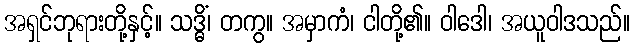
အရှင်ဘုရားတို့နှင့်။ သဒ္ဓိံ၊ တကွ။ အမှာကံ၊ ငါတို့၏။ ဝါဒေါ၊ အယူဝါဒသည်။